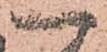
一